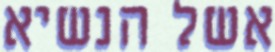
אשל הנשיא